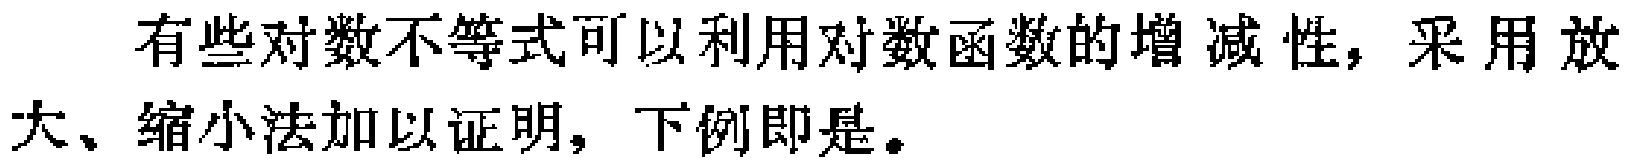
有些对数不等式可以利用对数函数的增减性，采用放大、缩小法加以证明，下例即是。